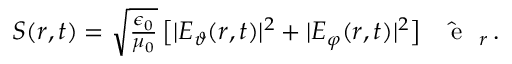
\begin{array} { r } { \boldsymbol { S } ( \boldsymbol { r } , t ) = \sqrt { \frac { \epsilon _ { 0 } } { \mu _ { 0 } } } \, \big [ | E _ { \vartheta } ( \boldsymbol { r } , t ) | ^ { 2 } + | E _ { \varphi } ( \boldsymbol { r } , t ) | ^ { 2 } \big ] \, \hat { \mathrm { ~ \textbf ~ { ~ e ~ } ~ } } _ { r } \, . } \end{array}